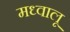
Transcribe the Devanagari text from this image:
मध्वालू